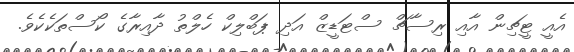
އެއީ ޓީޗިން އާއި ރިސާޗް ސްޓަޑީޒް އަދި ޕަބްލިކް ހެލްތު ދާއިރާގެ ކޯސްތަކެކެވެ.